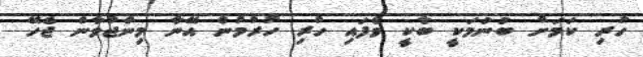
ހުރި ކަމަށް ބުނުމަކީ ބާކީ ވެފައި ހުރި ހުރުމުން އޭނާ މިންޖުވާން ޖެހޭ